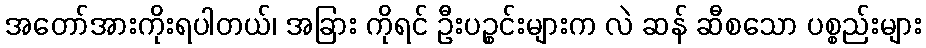
အတော်အားကိုးရပါတယ်၊ အခြား ကိုရင် ဦးပဉ္စင်းများက လဲ ဆန် ဆီစသော ပစ္စည်းများ